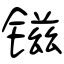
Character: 镃